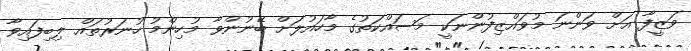
ވަޒީފާ އަށް ވަންނަ މުވައްޒިފުންނަކީ މަސައްކަތުގެ މާހައުލަށް ބޭނުންވާ މުހިންމު ހުނަރުތައް ލިބިފައިވާ